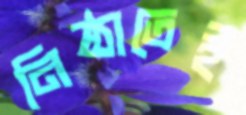
নিষ্ঠাতেই